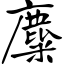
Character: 麋